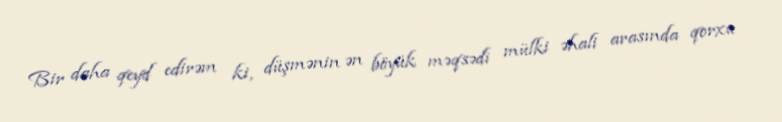
Bir daha qeyd edirəm ki, düşmənin ən böyük məqsədi mülki əhali arasında qorxu